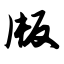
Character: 版